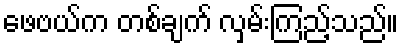
ဖေဗယ်က တစ်ချက် လှမ်းကြည့်သည်။